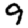
Digit: 9